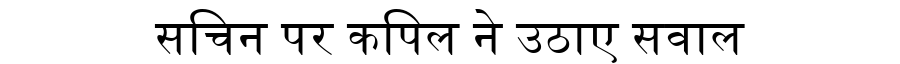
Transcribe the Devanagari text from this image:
सचिन पर कपिल ने उठाए सवाल